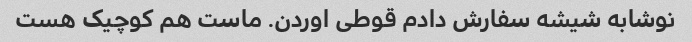
نوشابه شیشه سفارش دادم قوطی اوردن. ماست هم کوچیک هست